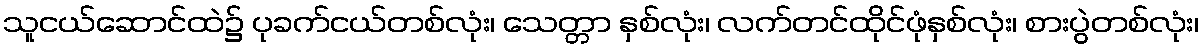
သူငယ်ဆောင်ထဲ၌ ပုခက်ငယ်တစ်လုံး၊ သေတ္တာ နှစ်လုံး၊ လက်တင်ထိုင်ဖုံနှစ်လုံး၊ စားပွဲတစ်လုံး၊